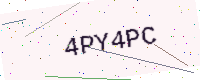
Text: 4PY4PC